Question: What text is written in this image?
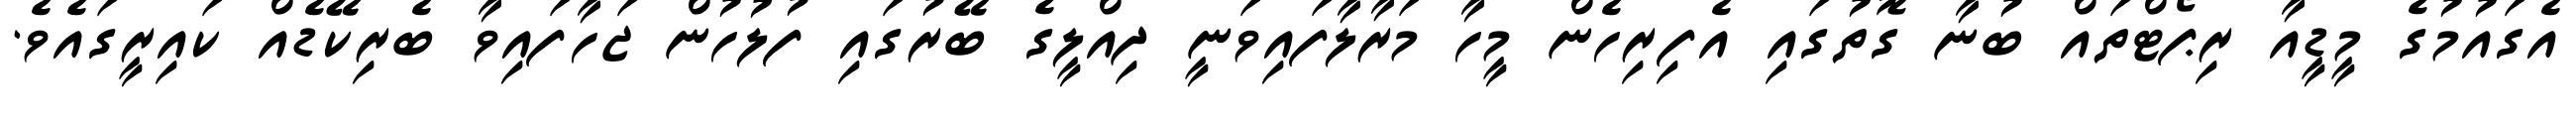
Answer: އެގައުމުގެ މީޑީއާ ރިޕޯޓްތައް ބުނާ ގޮތުގައި އެފިރިހެން މީހާ މަރާލާފައިވަނީ ދިއްލީގެ ބޭރުގައި ފުލުހުން ޖަހާފައިވާ ބެރިކޭޑެއް ކައިރީގައެވެ.